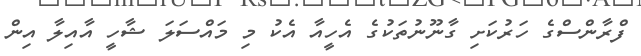
ފްރާންސްގެ ހަރުކަށި ގާނޫނުތަކުގެ އެހީއާ އެކު މި މައްސަލަ ޝާހީ އާއިލާ އިން